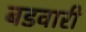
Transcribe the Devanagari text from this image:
बडवारी